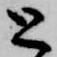
と